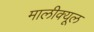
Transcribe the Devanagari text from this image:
मालीक्यूल